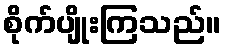
စိုက်ပျိုးကြသည်။